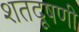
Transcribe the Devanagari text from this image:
शतदूषणी